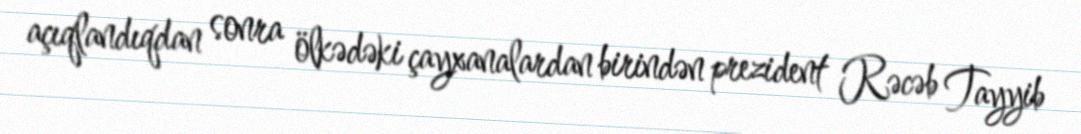
açıqlandıqdan sonra ölkədəki çayxanalardan birindən prezident Rəcəb Tayyib